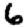
Digit: 6